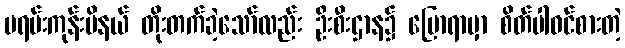
မရမ်းကုန်းမိနယ် တိုးတက်ခဲ့သော်လည်း ဦးစီးဌာန၌ ပြောရာမှာ စိတ်ပါဝင်စားတဲ့